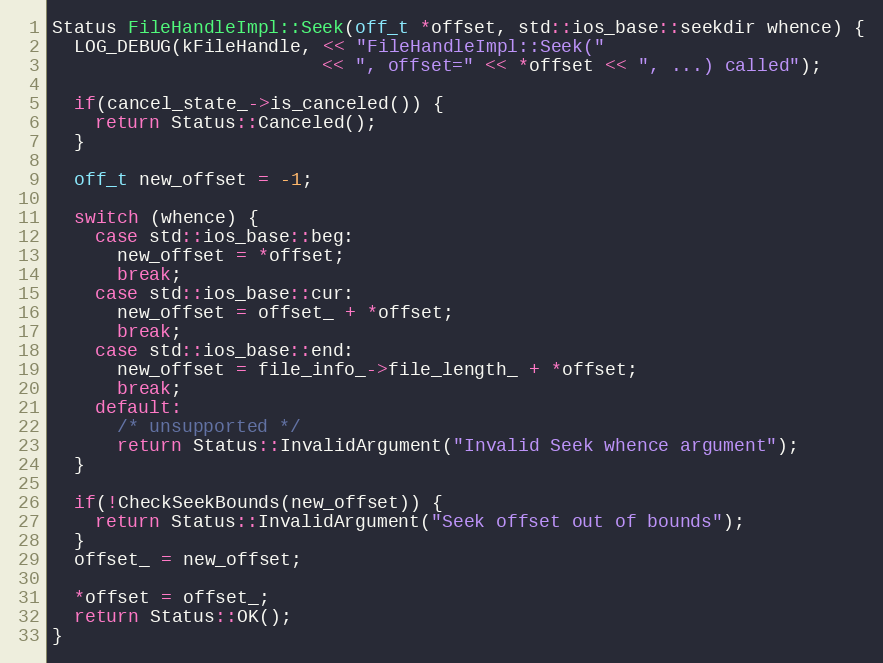
Language: C++
Status FileHandleImpl::Seek(off_t *offset, std::ios_base::seekdir whence) {
  LOG_DEBUG(kFileHandle, << "FileHandleImpl::Seek("
                         << ", offset=" << *offset << ", ...) called");

  if(cancel_state_->is_canceled()) {
    return Status::Canceled();
  }

  off_t new_offset = -1;

  switch (whence) {
    case std::ios_base::beg:
      new_offset = *offset;
      break;
    case std::ios_base::cur:
      new_offset = offset_ + *offset;
      break;
    case std::ios_base::end:
      new_offset = file_info_->file_length_ + *offset;
      break;
    default:
      /* unsupported */
      return Status::InvalidArgument("Invalid Seek whence argument");
  }

  if(!CheckSeekBounds(new_offset)) {
    return Status::InvalidArgument("Seek offset out of bounds");
  }
  offset_ = new_offset;

  *offset = offset_;
  return Status::OK();
}